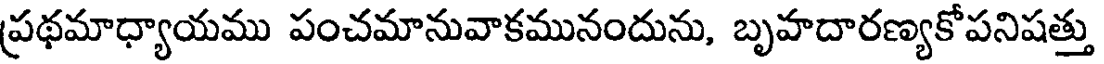
ప్రథమాధ్యాయము పంచమానువాకమునందును, బృహదారణ్యకోపనిషత్తు